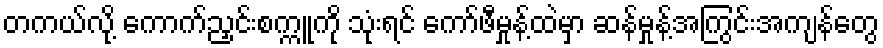
တကယ်လို့ ကောက်ညှင်းစက္ကူကို သုံးရင် ကော်ဖီမှုန့်ထဲမှာ ဆန်မှုန့်အကြွင်းအကျန်တွေ